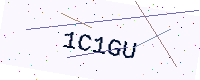
Text: 1C1GU